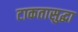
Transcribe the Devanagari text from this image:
टाकतासुद्धा